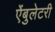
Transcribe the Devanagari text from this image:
ऐंबुलेटरी